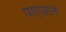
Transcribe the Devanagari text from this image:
पाएजाने